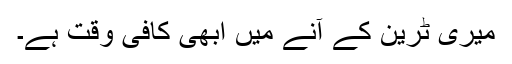
میری ٹرین کے آنے میں ابھی کافی وقت ہے۔